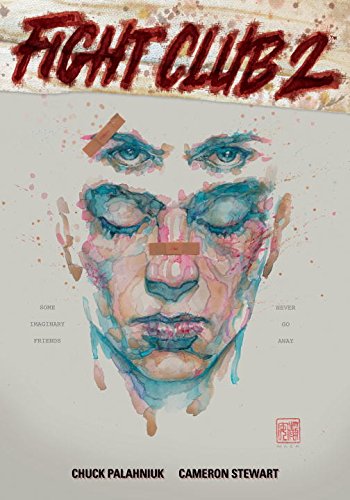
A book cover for Fight Club 2 (Graphic Novel); Chuck Palahniuk; Comics & Graphic Novels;